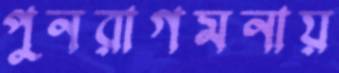
পুনরাগমনায়